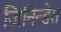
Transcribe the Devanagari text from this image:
जिनिन्डेरा